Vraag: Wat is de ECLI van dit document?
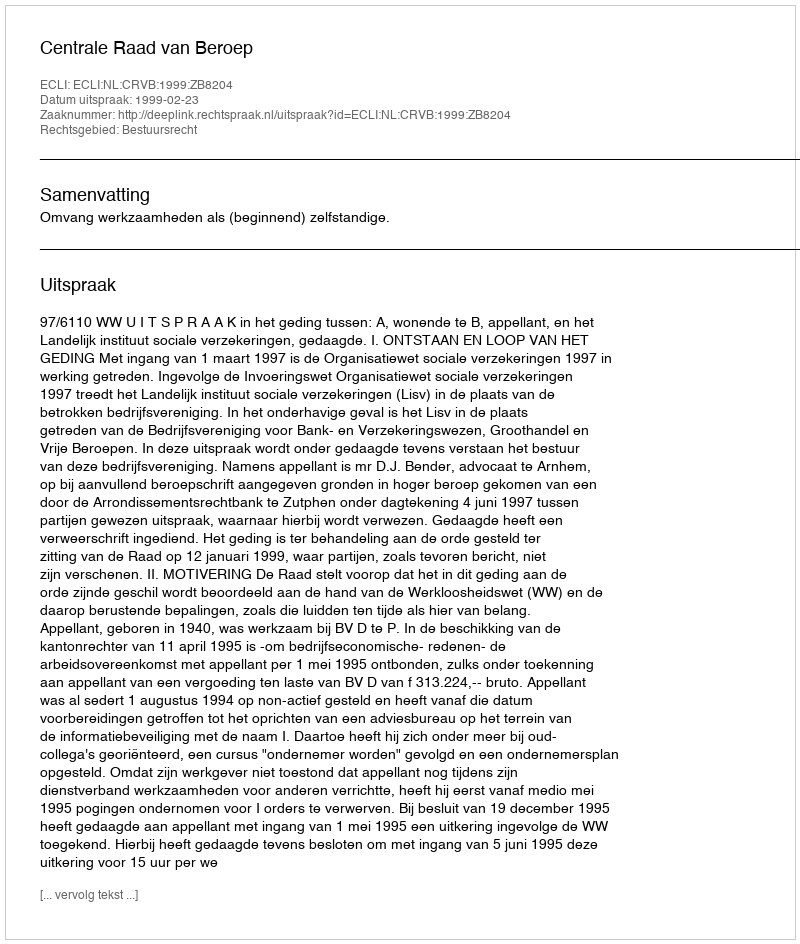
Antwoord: ECLI:NL:CRVB:1999:ZB8204